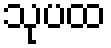
သုပထ